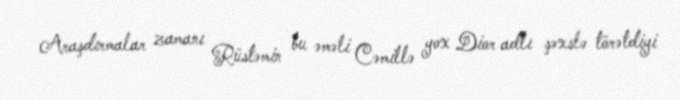
Araşdırmalar zamanı Rüstəmin bu əməli Cəmillə yox Dior adlı şəxslə törətdiyi